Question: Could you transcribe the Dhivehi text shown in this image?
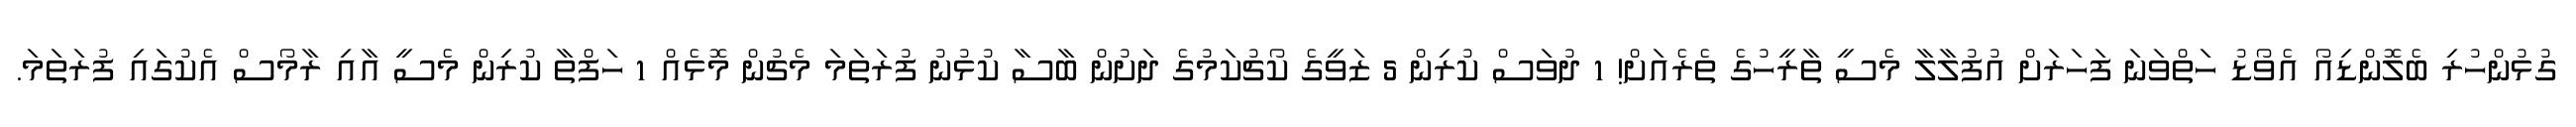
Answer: ގުޅުންހުރި ބެލޮންޑިއޯ އެވޯޑު ހަތްވަނަ ފަހަރަށް އުފުލާލާ މެސީ ތާރީހުގެ ތެރެއަށް! 1 ދުވަސް ކުރިން 5 ޒަވީގެ ކޯޗުކަމުގެ ދަށުން ބާސާ ކުޅުނު ފުރަތަމަ މެޗުން މޮޅެއް 1 ހަފްތާ ކުރިން މެސީ އާއި ރާމޯސް އެކުގައި ފުރަތަމަ.